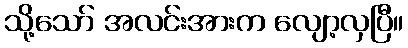
သို့သော် အလင်းအားက လျော့လှပြီ။